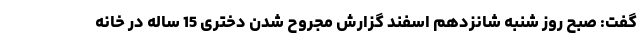
گفت: صبح روز شنبه شانزدهم اسفند گزارش مجروح شدن دختری 15 ساله در خانه